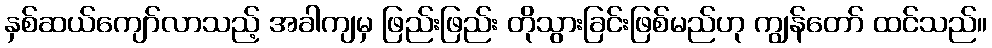
နှစ်ဆယ်ကျော်လာသည့် အခါကျမှ ဖြည်းဖြည်း တိုသွားခြင်းဖြစ်မည်ဟု ကျွန်တော် ထင်သည်။